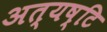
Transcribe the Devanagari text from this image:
अत्यष्टि